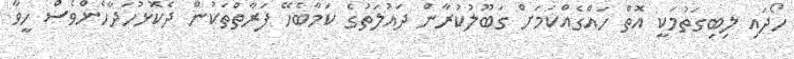
ހޯދައި ލިބިގަތުމަކީ އޮތް ހައްގެއްކަމަށް ގަބޫލުކުރާން ދައުލަތުގެ ކަމާބެހޭ ފަރާތްތަކުން ދެކޮޅުހަދާހެންވެސް ހީވާ